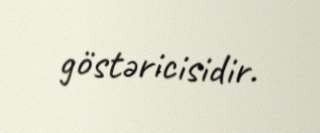
göstəricisidir.